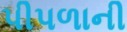
પીપળાની